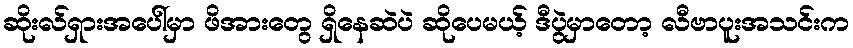
ဆိုးလ်ရှားအပေါ်မှာ ဖိအားတွေ ရှိနေဆဲပဲ ဆိုပေမယ့် ဒီပွဲမှာတော့ လီဗာပူးအသင်းက